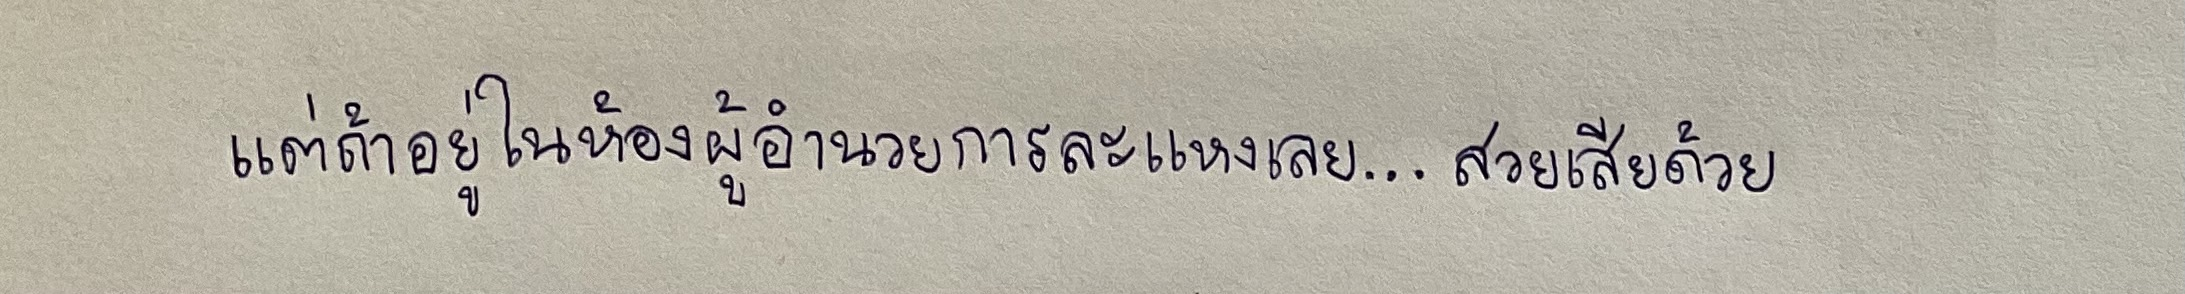
แต่ถ้าอยู่ในห้องผู้อำนวยการละแหงเลย...สวยเสียด้วย